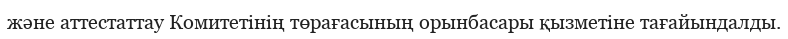
және аттестаттау Комитетінің төрағасының орынбасары қызметіне тағайындалды.